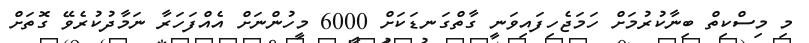
މި މިސްކިތް ބިނާކުރުމަށް ހަމަޖެހިފައިވަނީ ގާތްގަނޑަކަށް 6000 މީހުންނަށް އެއްފަހަރާ ނަމާދުކުރެވޭ ގޮތަށް